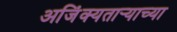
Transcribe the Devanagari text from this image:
अजिंक्यतार्‍याच्या